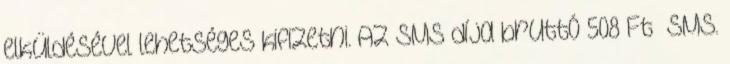
elküldésével lehetséges kifizetni. Az SMS díja bruttó 508 Ft SMS.